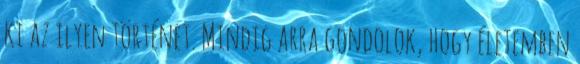
ki az ilyen történet. Mindig arra gondolok, hogy életemben